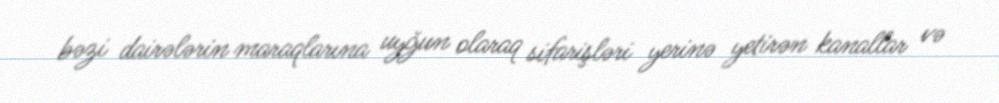
bəzi dairələrin maraqlarına uyğun olaraq sifarişləri yerinə yetirən kanallar və